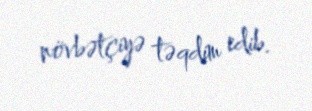
növbətçiyə təqdim edib.